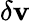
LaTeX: \delta\boldsymbol{\mathbf{v}}